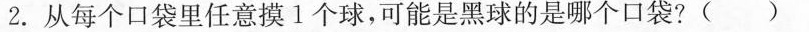
2.从每个口袋里任意摸1个球，可能是黑球的是哪个口袋?()